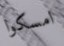
امسكوا